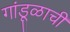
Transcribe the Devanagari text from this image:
गांडूळाची